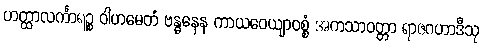
ဟတ္ထာလင်္ကာရဉ္စ ဝါဟမေတံ ဗန္ဓနေန ကာယဝေယျာဝစ္စံ အကသာဝတ္တာ ရာဇဂဟာဒီသု